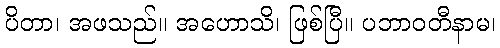
ပိတာ၊ အဖသည်။ အဟောသိ၊ ဖြစ်ပြီ။ ပဘာဝတီနာမ၊